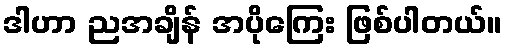
ဒါဟာ ညအချိန် အပိုကြေး ဖြစ်ပါတယ်။